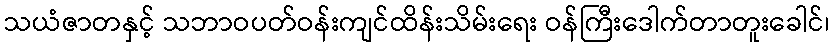
သယံဇာတနှင့် သဘာဝပတ်ဝန်းကျင်ထိန်းသိမ်းရေး ဝန်ကြီးဒေါက်တာတူးခေါင်၊